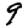
Digit: 9